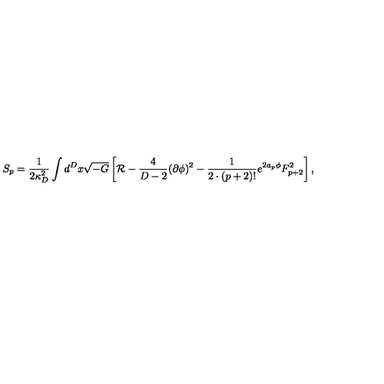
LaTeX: S _ { p } = { \frac { 1 } { 2 \kappa _ { D } ^ { 2 } } } \int d ^ { D } x \sqrt { - G } \left[ { \cal R } - { \frac { 4 } { D - 2 } } ( \partial \phi ) ^ { 2 } - { \frac { 1 } { 2 \cdot ( p + 2 ) ! } } e ^ { 2 a _ { p } \phi } F _ { p + 2 } ^ { 2 } \right] ,